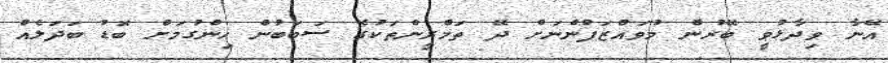
އޭނާ ވިދާޅުވީ ބޭރުން މުވައްޒަފުންނަށް ދޭ ތަމްރީންތަކުގެ ސަބަބުން ހިންގުމަށް ބޮޑު ބަދަލެއް